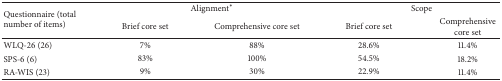
| <ROWSPAN=2> Questionnaire (total number of items) | <COLSPAN=2> Alignment* | <COLSPAN=2> Scope |
 | Brief core set | Comprehensive core set | Brief core set | Comprehensive core set |
 | --- | --- | --- | --- | --- |
 | WLQ-26 (26) | 7% | 88% | 28.6% | 11.4% |
 | SPS-6 (6) | 83% | 100% | 54.5% | 18.2% |
 | RA-WIS (23) | 9% | 30% | 22.9% | 11.4% |